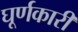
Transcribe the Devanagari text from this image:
घूर्णकारी